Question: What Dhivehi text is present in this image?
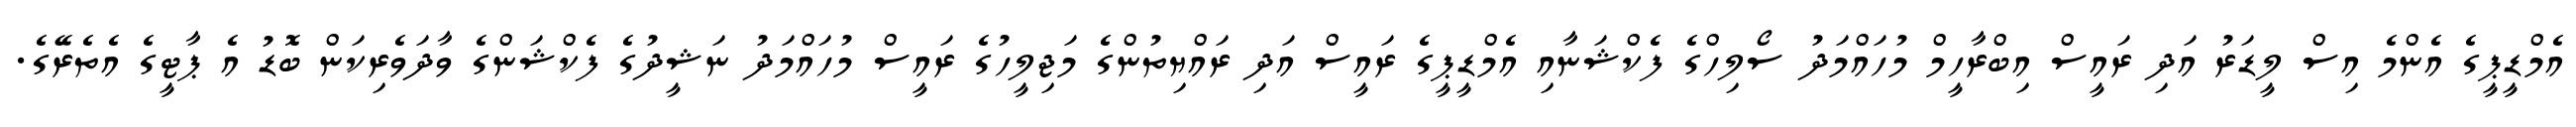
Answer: އެމްޑީޕީގެ އެންމެ އިސް ލީޑަރު އަދި ރައީސް އިބްރާހީމް މުހައްމަދު ސޯލިހްގެ ފެކްޝަނާއި އެމްޑީޕީގެ ރައީސް އަދި ރައްޔިތުންގެ މަޖިލީހުގެ ރައީސް މުހައްމަދު ނަޝީދުގެ ފެކްޝަންގެ ވާދަވެރިކަން ބޮޑު އެ ޕާޓީގެ އެތެރޭގެ.